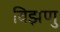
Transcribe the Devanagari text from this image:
विझणु